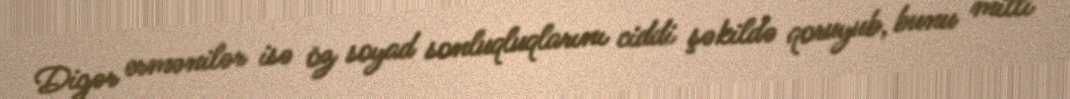
Digər ermənilər isə öz soyad sonluqluqlarını ciddi şəkildə qoruyub, bunu milli